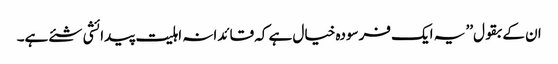
ان کے بقول’’ یہ ایک فرسودہ خیال ہے کہ قائدانہ اہلیت پیدائشی شئے ہے۔